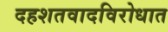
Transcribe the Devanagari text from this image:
दहशतवादविरोधात